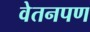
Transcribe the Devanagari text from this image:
वेतनपण